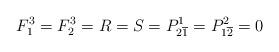
LaTeX: \begin{align*}F^3_1=F^3_2=R=S=P^1_{2\overline{1}}=P^2_{1\overline{2}}=0\end{align*}